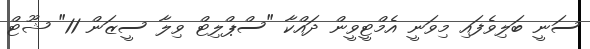
ސަނީ ބަލިވެފައި މިވަނީ އެމްޓީވީން ދައްކާ "ސްޕްލިޓް ވިލާ ސީޒަން 11" ޝޫޓް